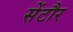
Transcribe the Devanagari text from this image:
सेंटौर